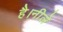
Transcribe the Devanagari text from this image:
है।नीले